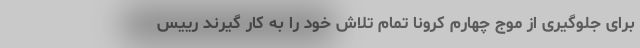
برای جلوگیری از موج چهارم کرونا تمام تلاش خود را به کار گیرند رییس